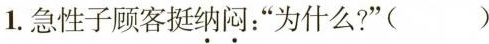
1.急性子顾客挺纳闷：”为什么?”( )